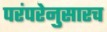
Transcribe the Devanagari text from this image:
परंपरेनुसारच